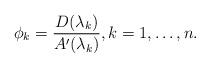
LaTeX: \begin{align*}\phi_k=\frac{D(\lambda_k)}{A'(\lambda_k)},k=1,\dots,n.\end{align*}